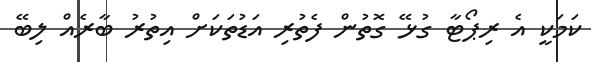
ކަމަކީ އެ ރިޕޯޓާ ގުޅޭ ގޮތުން ފެތުރި އަޑުތަކަށް އިތުރު ބާރެއް ލިބޭ